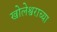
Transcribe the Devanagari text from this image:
खोलेश्वराच्या